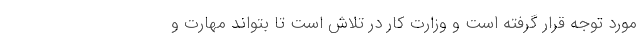
مورد توجه قرار گرفته است و وزارت کار در تلاش است تا بتواند مهارت و